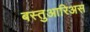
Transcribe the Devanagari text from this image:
बस्तुआरिअस